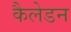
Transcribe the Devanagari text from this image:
कैलेडन